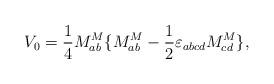
LaTeX: \begin{align*}V_0 = \frac14 M^M_{ab} \{ M^M_{ab} - \frac12 \varepsilon_{abcd}M^M_{cd}\}, \end{align*}